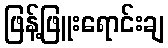
ဖြန့်ဖြူးရောင်းချ